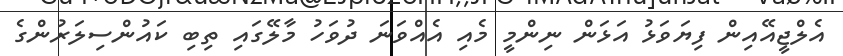
އެލްޖީއޭއިން ފިޔަވަޅު އަޅަން ނިންމީ މެއި އެއްވަނަ ދުވަހު މާލޭގައި ތިބި ކައުންސިލަރުންގެ